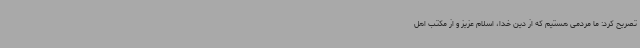
تصریح کرد: ما مردمی هستیم که از دین خدا، اسلام عزیز و از مکتب اهل